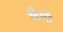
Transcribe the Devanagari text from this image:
खैमों